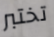
تختبر